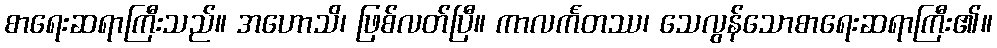
စာရေးဆရာကြီးသည်။ အဟောသိ၊ ဖြစ်လတ်ပြီ။ ကာလင်္ကတဿ၊ သေလွန်သောစာရေးဆရာကြီး၏။